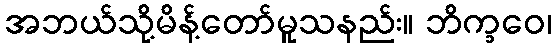
အဘယ်သို့မိန့်တော်မူသနည်း။ ဘိက္ခဝေ၊